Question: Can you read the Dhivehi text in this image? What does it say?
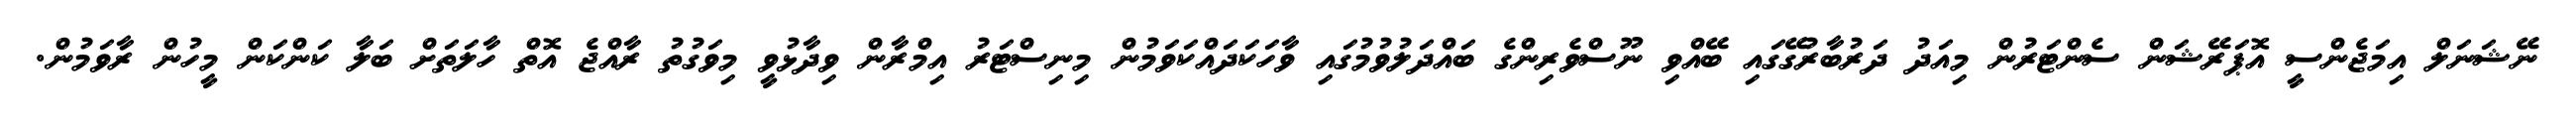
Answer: ނޭޝަނަލް އިމަޖެންސީ އޮޕަރޭޝަން ސެންޓަރުން މިއަދު ދަރުބާރުގޭގައި ބޭއްވި ނޫސްވެރިންގެ ބައްދަލުވުމުގައި ވާހަކަދައްކަވަމުން މިނިސްޓަރު އިމްރާން ވިދާޅުވީ މިވަގުތު ރާއްޖެ އޮތް ހާލަތަށް ބަލާ ކަންކަން މީހުން ރާވަމުން.